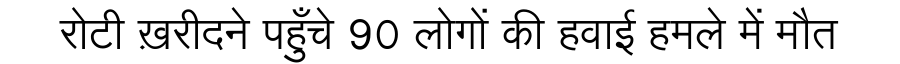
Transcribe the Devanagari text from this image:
रोटी ख़रीदने पहुँचे 90 लोगों की हवाई हमले में मौत